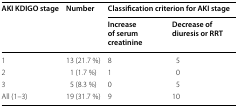
| <ROWSPAN=2> AKI KDIGO stage | <ROWSPAN=2> Number | <COLSPAN=2> Classification criterion for AKI stage |
 | Increase of serum creatinine | Decrease of diuresis or RRT |
 | --- | --- | --- | --- |
 | 1 | 13 (21.7 %) | 8 | 5 |
 | 2 | 1 (1.7 %) | 1 | 0 |
 | 3 | 5 (8.3 %) | 0 | 5 |
 | All (1–3) | 19 (31.7 %) | 9 | 10 |